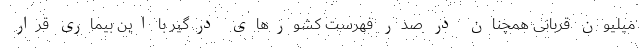
میلیون قربانی همچنان در صدر فهرست کشورهای درگیر با این بیماری قرار